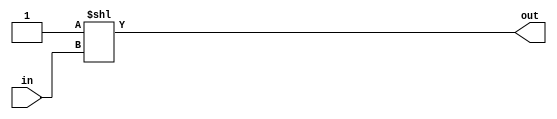
module decoder(out, in);
	
	parameter bin_in = 4;
	parameter one_hot_out = 16;

	input [bin_in-1:0]in;

	output [one_hot_out-1:0]out;

	assign out = 1'b1 << in;

endmodule